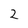
Character: 2